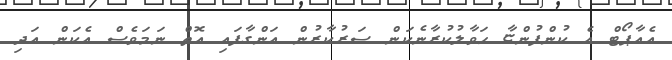
އެއާޕޯޓް އެ ކުންފުންޏާ ހަވާލުކުރާނެކަން ސަރުކާރުން އަންގާފައި އޮތް ނަމަވެސް އެކަން އަދި